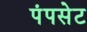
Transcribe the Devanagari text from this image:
पंपसेट